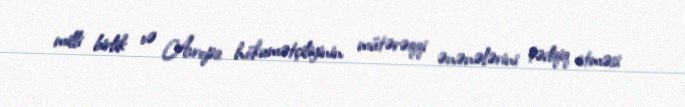
milli birlik və Avropa hökumətçiliyinin mütərəqqi ənənələrini tədqiq etməsi